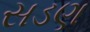
સડણ